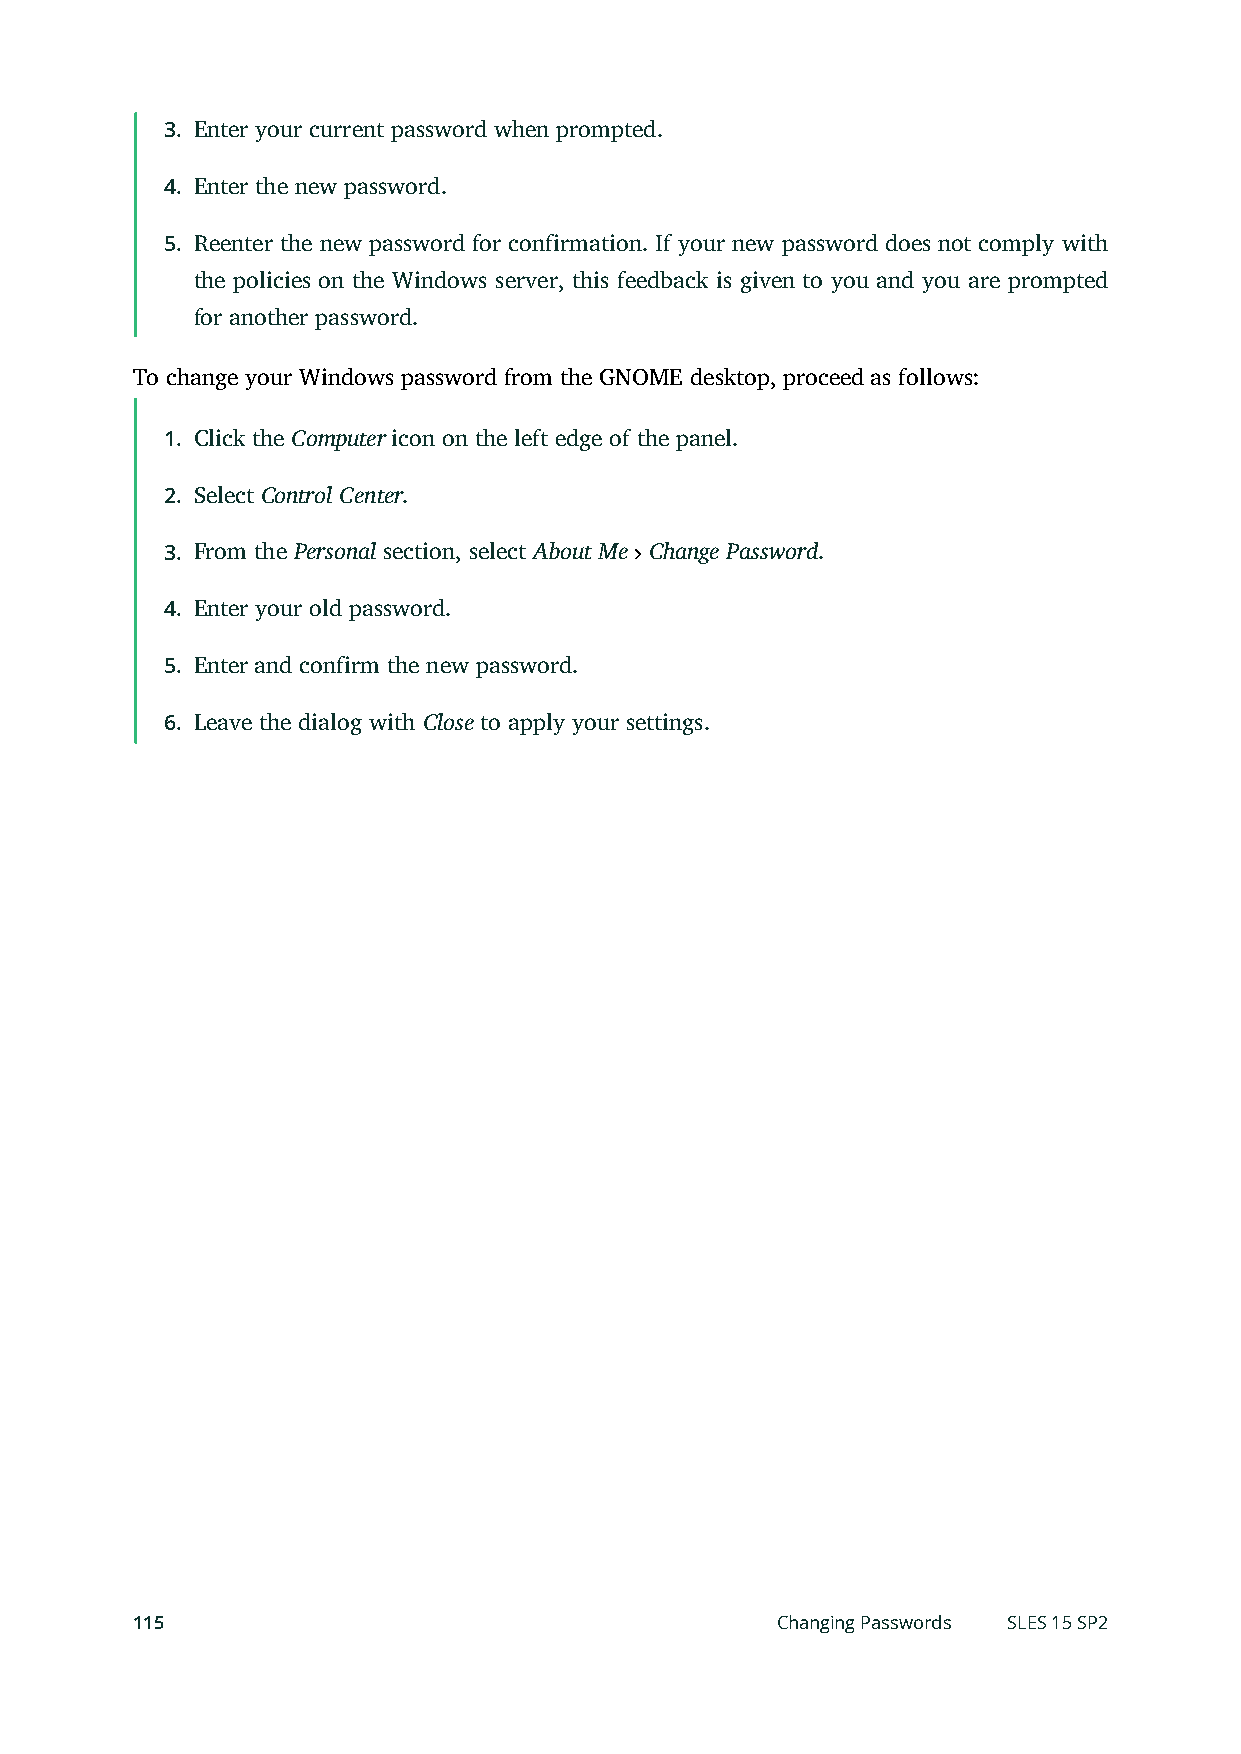
3. Enter your current password when prompted.
 4. Enter the new password.
 5. Reenter the new password for confirmation. If your new password does not comply with
 the policies on the Windows server, this feedback is given to you and you are prompted
 for another password.
 To change your Windows password from the GNOME desktop, proceed as follows:
 1. Click the Computer icon on the left edge of the panel.
 2. Select Control Center.
 3. From the Personal section, select About Me Change Password.
 4. Enter your old password.
 5. Enter and confirm the new password.
 6. Leave the dialog with Close to apply your settings.
 115                                       Changing Passwords SLES 15 SP2